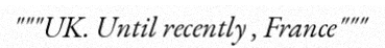
"""UK. Until recently , France"""